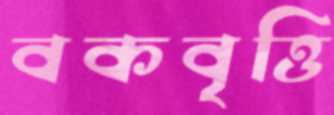
বকবৃত্তি